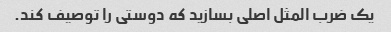
یک ضرب المثل اصلی بسازید که دوستی را توصیف کند.